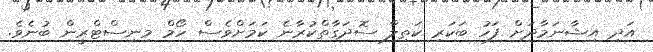
އަދި އިޝާނަމާދަށް ފަހު ބަކަރި ކަތިލާ ސޮދަގާތްކުރާނެ ކަަމަށްވެސް ހޯމް މިނިސްޓްރީން ބުނެވެ.